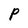
Character: P